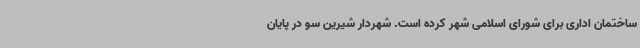
ساختمان اداری برای شورای اسلامی شهر کرده است. شهردار شیرین سو در پایان